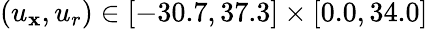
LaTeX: (u_{\mathbf{x}},u_{r})\in[-30.7,37.3]\times[0.0,34.0]